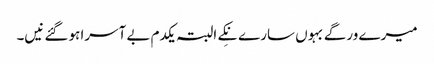
میرے ورگے بہوں سارے نِکے البتہ یکدم بے آسرا ہوگئے نیں۔